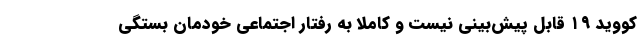
کووید ۱۹ قابل پیش‌بینی نیست و کاملا به رفتار اجتماعی خودمان بستگی